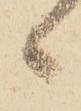
候